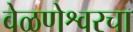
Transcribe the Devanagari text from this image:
वेळणेश्वरचा